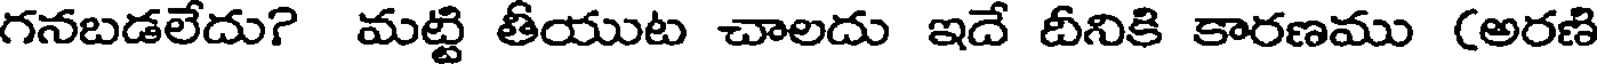
గనబడలేదు? మట్టి తీయుట చాలదు ఇదే దీనికి కారణము (అరణి